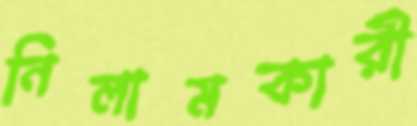
নিলামকারী